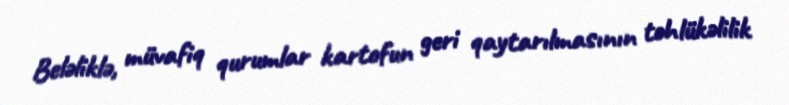
Beləliklə, müvafiq qurumlar kartofun geri qaytarılmasının təhlükəlilik